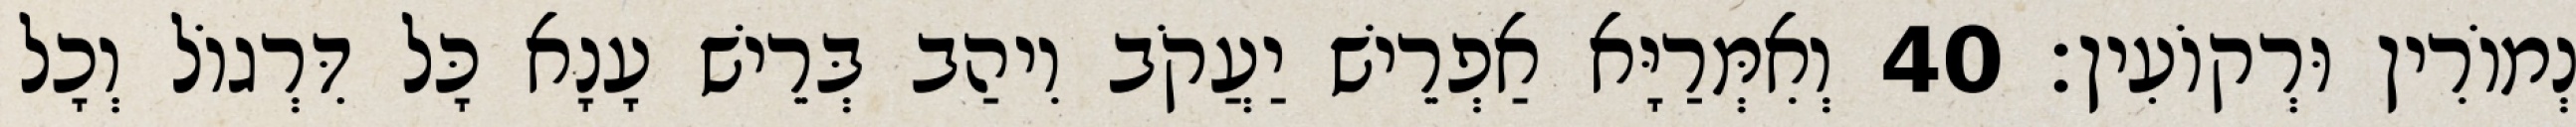
נְמוֹרִין וּרְקוֹעִין׃ 40 וְאִמְּרַיָּא אַפְרֵישׁ יַעֲקֹב וִיהַב בְּרֵישׁ עָנָא כָּל דִּרְגוֹל וְכָל